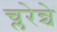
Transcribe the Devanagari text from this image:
च्लरेन्चे